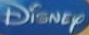
Disney